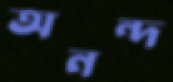
অনন্দ